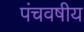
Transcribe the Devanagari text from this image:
पंचवषीय